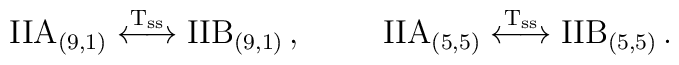
{\rm IIA}_{(9,1)} \stackrel{{\rm T_{ss}}}{\longleftrightarrow} {\rm IIB}_{(9,1)}\, ,\hskip 1truecm{\rm IIA}_{(5,5)} \stackrel{\rm T_{ss}}{\longleftrightarrow} {\rm IIB}_{(5,5)}\, .